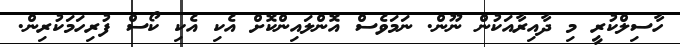
ހާސިލްކުރީ މި ދާއިރާއަކުން ނޫން. ނަމަވެސް އޮންލައިންކޮށް އެކި އެކި ކޯސް ފުރިހަމަކުރިން.